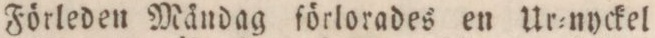
Förleden Mändag förlorades en Ur=nyckel